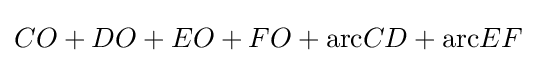
CO+DO+EO+FO+{\text{arc}}CD+{\text{arc}}EF\,\!